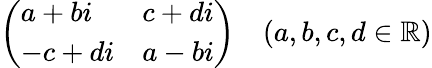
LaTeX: {\left(\begin{array}{ll}{a+bi}&{c+di}\\ {-c+di}&{a-bi}\end{array}\right)}\quad(a,b,c,d\in\mathbb{R})